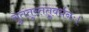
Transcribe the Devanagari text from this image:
सुतंतुस्तंतुवर्धनः।